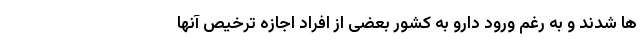
ها شدند و به رغم ورود دارو به کشور بعضی از افراد اجازه ترخیص آنها